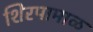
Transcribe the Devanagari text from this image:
शिरपामाळ